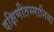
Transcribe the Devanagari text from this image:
दक्षिणीतस्मानिया